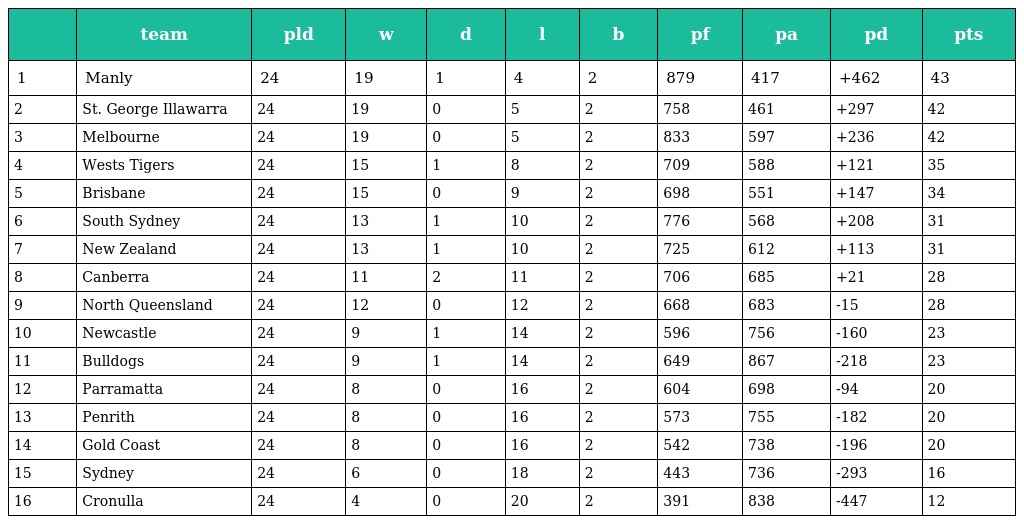
|  | team | pld | w | d | l | b | pf | pa | pd | pts |
 | --- | --- | --- | --- | --- | --- | --- | --- | --- | --- | --- |
 | 1 | Manly | 24 | 19 | 1 | 4 | 2 | 879 | 417 | +462 | 43 |
 | 2 | St. George Illawarra | 24 | 19 | 0 | 5 | 2 | 758 | 461 | +297 | 42 |
 | 3 | Melbourne | 24 | 19 | 0 | 5 | 2 | 833 | 597 | +236 | 42 |
 | 4 | Wests Tigers | 24 | 15 | 1 | 8 | 2 | 709 | 588 | +121 | 35 |
 | 5 | Brisbane | 24 | 15 | 0 | 9 | 2 | 698 | 551 | +147 | 34 |
 | 6 | South Sydney | 24 | 13 | 1 | 10 | 2 | 776 | 568 | +208 | 31 |
 | 7 | New Zealand | 24 | 13 | 1 | 10 | 2 | 725 | 612 | +113 | 31 |
 | 8 | Canberra | 24 | 11 | 2 | 11 | 2 | 706 | 685 | +21 | 28 |
 | 9 | North Queensland | 24 | 12 | 0 | 12 | 2 | 668 | 683 | -15 | 28 |
 | 10 | Newcastle | 24 | 9 | 1 | 14 | 2 | 596 | 756 | -160 | 23 |
 | 11 | Bulldogs | 24 | 9 | 1 | 14 | 2 | 649 | 867 | -218 | 23 |
 | 12 | Parramatta | 24 | 8 | 0 | 16 | 2 | 604 | 698 | -94 | 20 |
 | 13 | Penrith | 24 | 8 | 0 | 16 | 2 | 573 | 755 | -182 | 20 |
 | 14 | Gold Coast | 24 | 8 | 0 | 16 | 2 | 542 | 738 | -196 | 20 |
 | 15 | Sydney | 24 | 6 | 0 | 18 | 2 | 443 | 736 | -293 | 16 |
 | 16 | Cronulla | 24 | 4 | 0 | 20 | 2 | 391 | 838 | -447 | 12 |